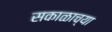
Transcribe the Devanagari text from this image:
सकाळाच्या